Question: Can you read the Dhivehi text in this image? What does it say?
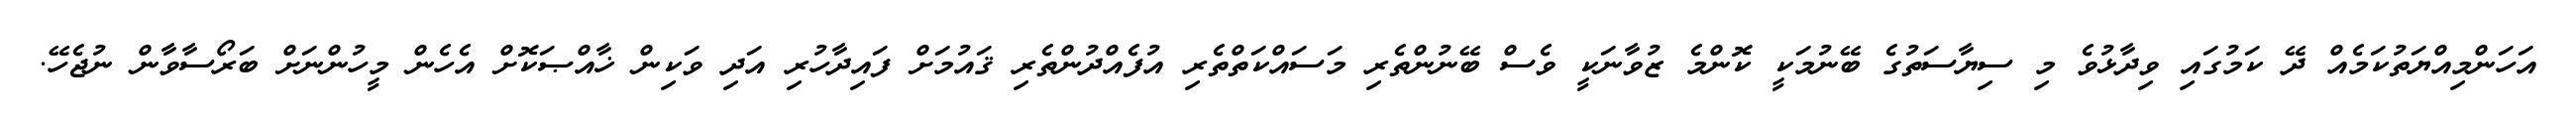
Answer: އަހަންމިއްޔަތުކަމެއް ދޭ ކަމުގައި ވިދާޅުވެ މި ސިޔާސަތުގެ ބޭނުމަކީ ކޮންމެ ޒުވާނަކީ ވެސް ބޭނުންތެރި މަސައްކަތްތެރި އުފެއްދުންތެރި ޤައުމަށް ފައިދާހުރި އަދި ވަކިން ޚާއްޞަކޮށް އެހެން މީހުންނަށް ބަރޯސާވާން ނުޖެހޭ.